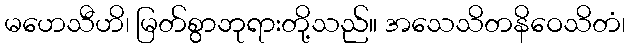
မဟေသီဟိ၊ မြတ်စွာဘုရားတို့သည်။ အသေသိတနိဝေသိတံ၊